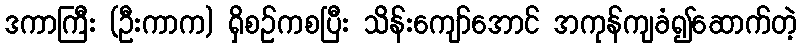
ဒကာကြီး (ဦးကာက) ရှိစဉ်ကစပြီး သိန်းကျော်အောင် အကုန်ကျခံ၍ဆောက်တဲ့